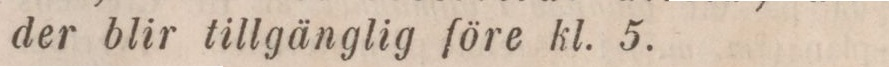
der blir tillgänglig före kl. 5.